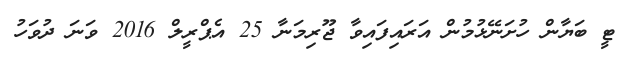
ޓީ ބަޔާން ހުށަނޭޅުމުން އަރައިފައިވާ ޖޫރިމަނާ 25 އެޕްރީލް 2016 ވަނަ ދުވަހު